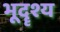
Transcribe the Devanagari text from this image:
भूदॄश्य